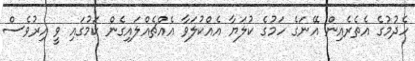
ހެދުމުގެ އެތެރެއިން އޭނަގެ ހަމުގެ ކުލަޔާ އެއްކުލަވާ އެއްޗެއްލައިގެން ކަމުގައި ވީ އިރުވެސް